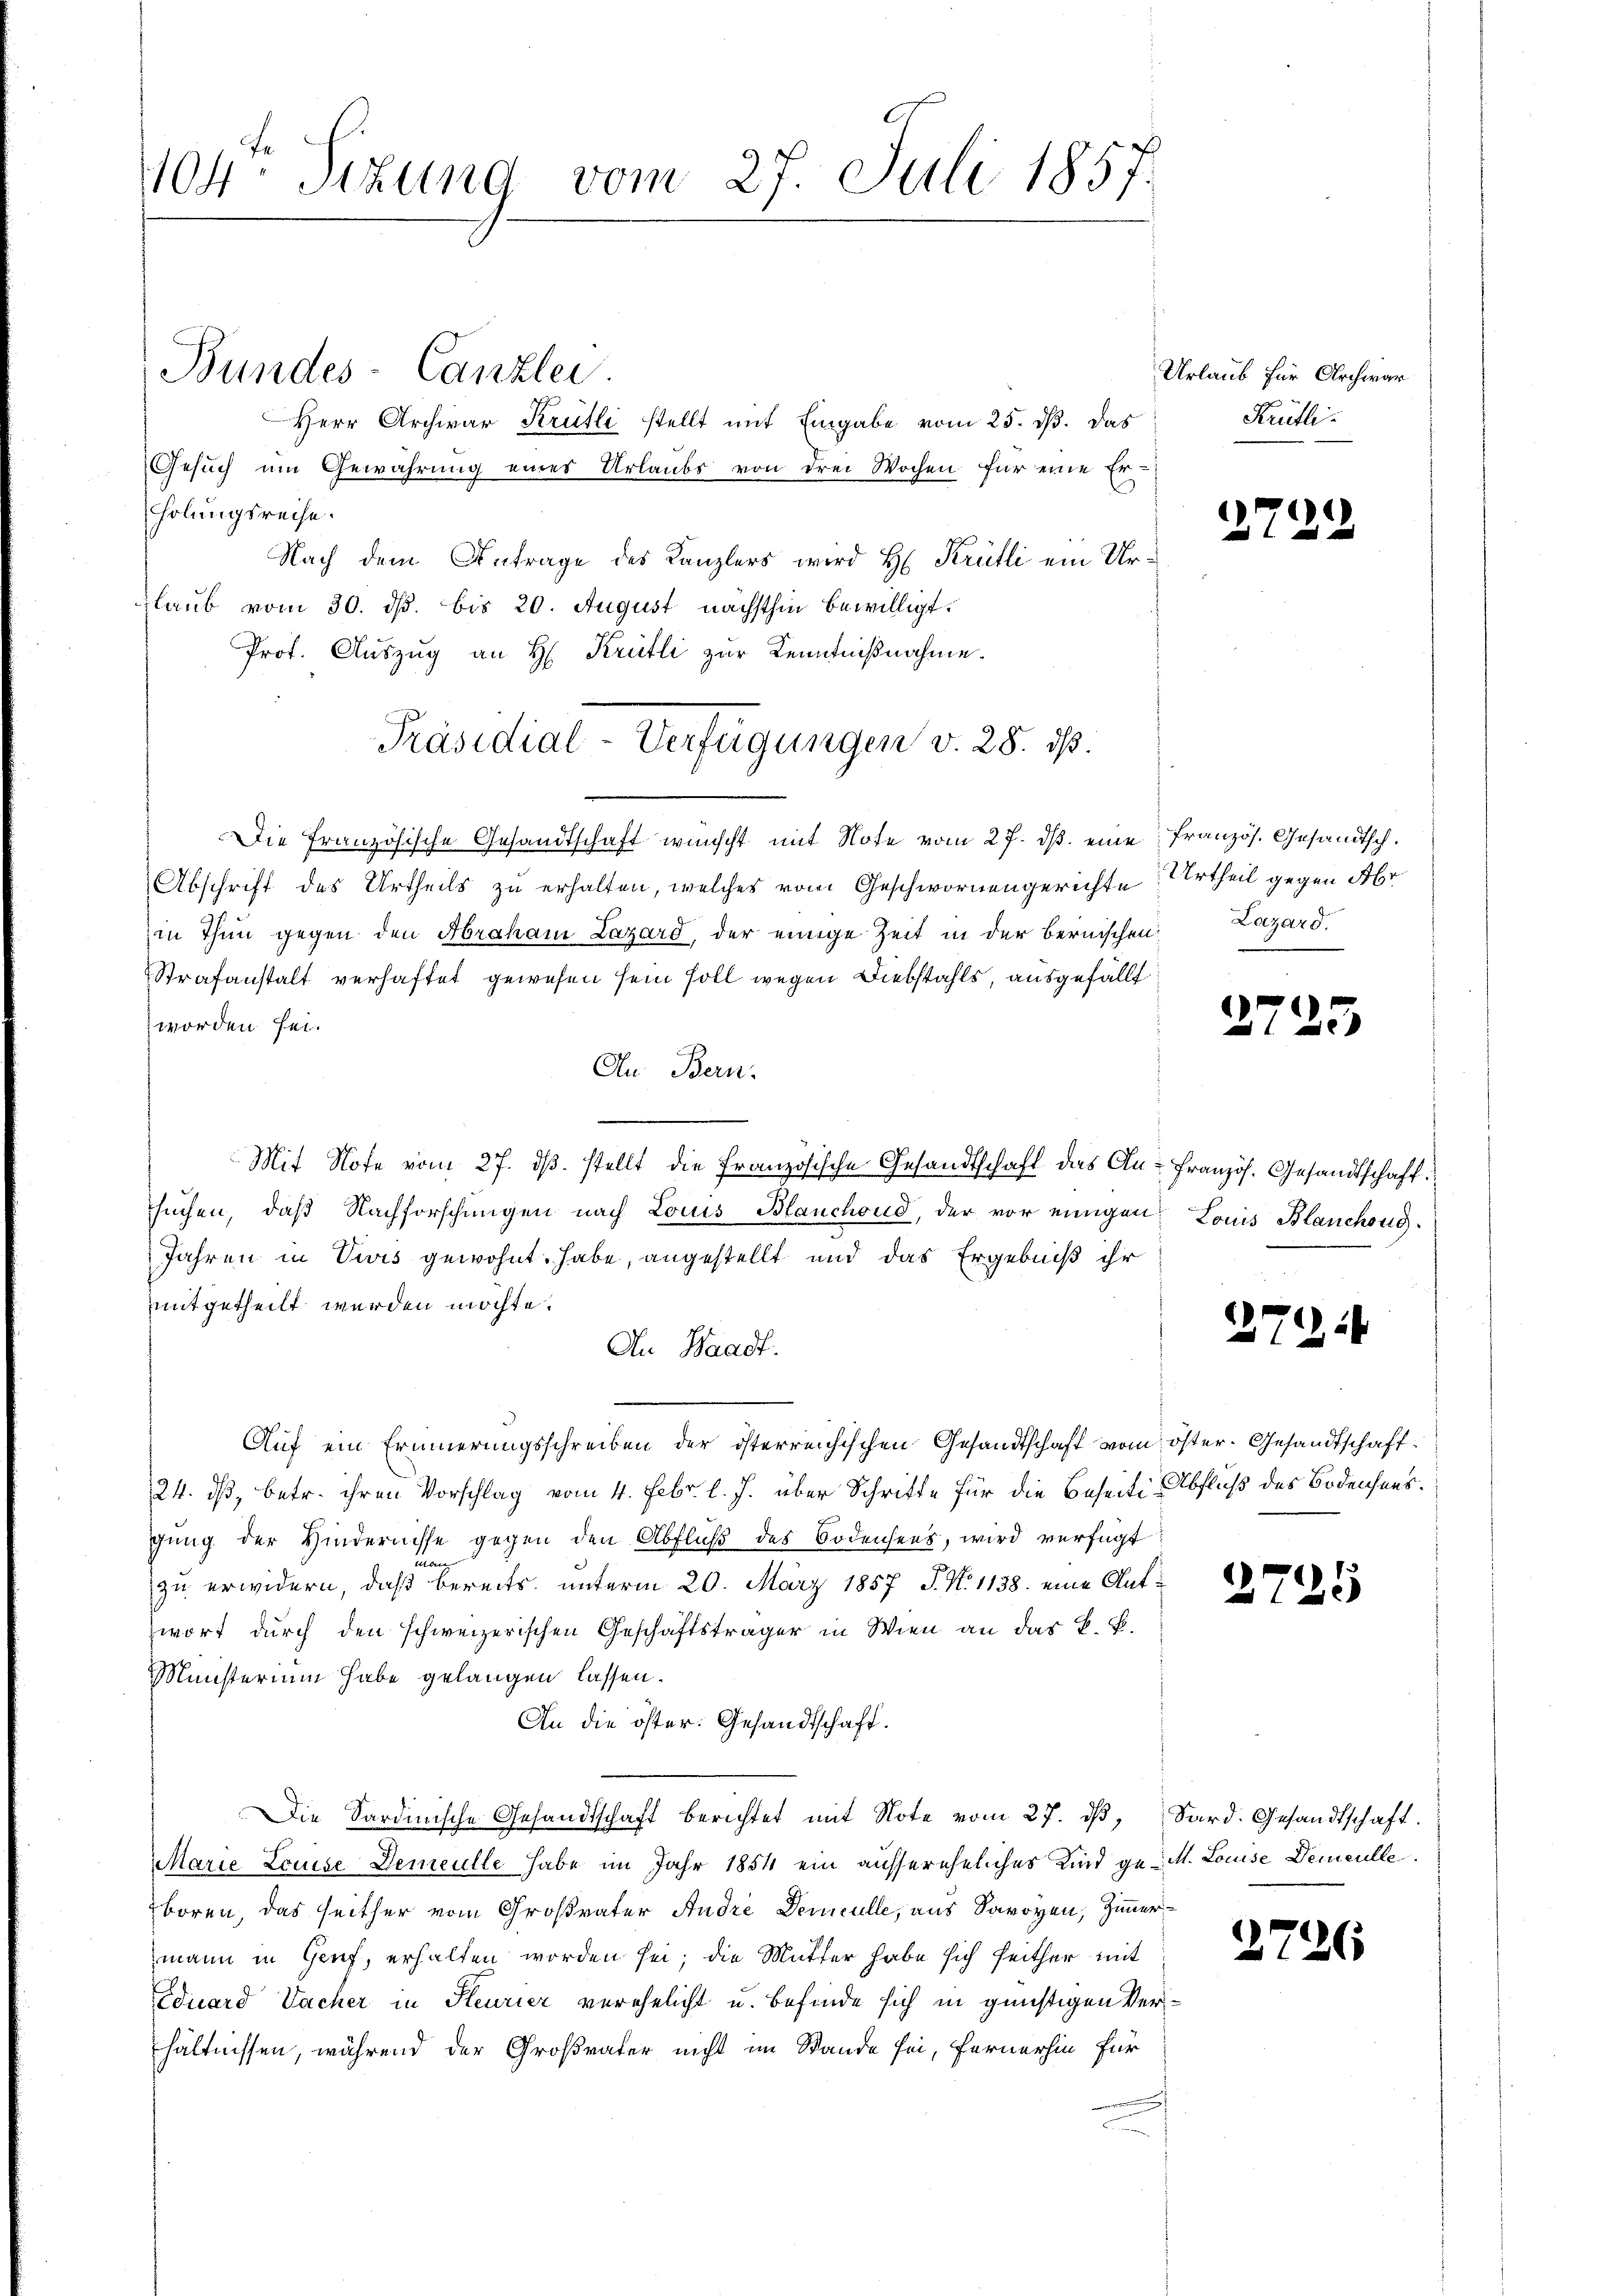
404 Sizung vom 27. Juli 1857.

Bundes-Canzlei.

Herr Archivar Krütli stellt mit Eingabe vom 25. dß. Das
Gesuch um Gewährung eines Urlaubs von drei Wochen für eine Erholungsreise.
Nach dem Antrage des Kanzlers wird H: Krülli ein Urlaub vom 30. ds. bis 20. August nächsthin bewilligt.
Prof. Auszug an H. Krütli zur Kenntnißnahme.
Die Französische Gesandtschaft wünscht mit Note vom 27. dβ eine französ. Gesandtsch.
Abschrift des Urtheils zu erhalten, welches vom Geschwornengerichte
in Thun gegen den Abraham Lazard, der einige Zeit in der bernischen
Strafanstalt verhaftet gewesen sein soll wegen Diebstahls, ausgefällt
worden sei.
An Bern.
Mit Note vom 27. dβ. stellt die Französische Gesandtschaft das An-Französ. Gesandtschaft.
suchen, daß Nachforschungen nach Louis Blanchoud, der vor einigen Louis Blanchong
Jahren in Divis gewohnt habe, angestellt und das Ergebniß ihr
mitgetheilt werden möchte.
An Waadt.
Auf ein Erinnerungsschreiben der österreichischen Gesandtschaft vom öster. Gesandtschaft¬
24. dß, betr. ihren Vorschlag vom 4. Febr. l. J. über Schritte für die Beseiti-Abfluß des Bodensens.
gŭng der Hindernisse gegen den Abfluß des Bodensees, wird verfügt:
an
zu erwidern, daß bereits unterm 20. März 1857 J. N. 1138. eine Aufwort durch den schweizerischen Geschäftsträger in Wien an das L. B.
Münsterium habe gelangen lassen.
An die öster. Gesandtschaft.
Die Sardinische Gesandtschaft berichtet mit Note vom 27. ds,
Marie Louise Demeulle habe im Jahr 1854 ein aussereheliches Kind ge-M. Louise Demculle
boren, das seither vom Großvater Andre Deuculle, aus Savoyen, Zimmermann in Genf, erhalten worden sei; die Mutter habe sich seither mit
Eduard Sacher in Steurier verehelicht u. befinde sich in günstigen Verhältnissen, während der Großvater nicht im Stande sei, fernerhin für

Präsidial-Verfügungen v. 28. ds.

Urlaub für Archivar
Kretli¬

272

Urtheil gegen Abr
Lazard.

2725

2

2

2

25

Sard. Gesandtschaft.

2726